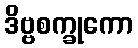
ဒိဗ္ဗစက္ခုကော